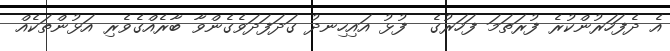
އެ ދެފަހަރުންކުރެ ފުރަތަމަ ފަހަރުގެ  ފުޅު އައިހިނދު ގަދަފަދަވެގެންވާ ބާރެއްގެވެރި އަޅުންތަކެއް